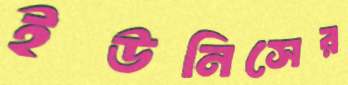
ইউনিসের